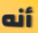
أنه